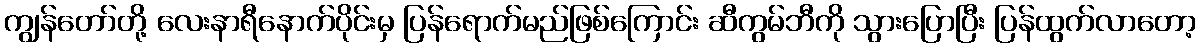
ကျွန်တော်တို့ လေးနာရီနောက်ပိုင်းမှ ပြန်ရောက်မည်ဖြစ်ကြောင်း ဆီကွမ်ဘီကို သွားပြောပြီး ပြန်ထွက်လာတော့